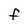
Character: f